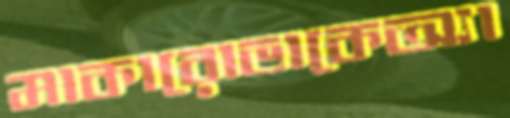
মাকারোভাকেঅ্যা